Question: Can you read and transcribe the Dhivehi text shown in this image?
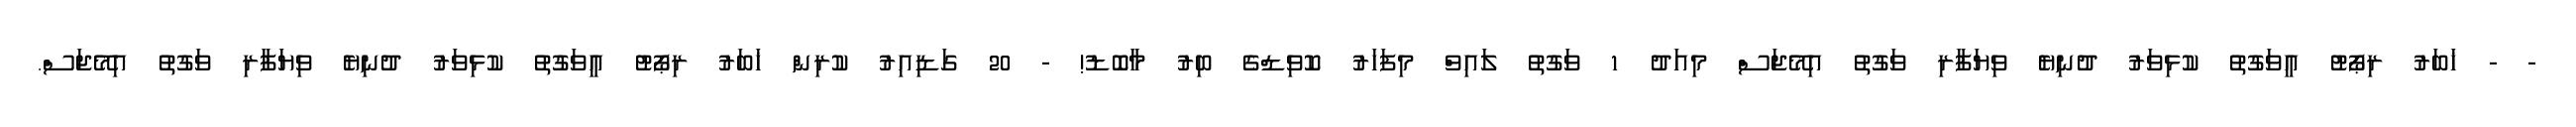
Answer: - - ޚަބަރު ރިޕޯޓު އީވަގުތު ކުޅިވަރު ދުނިޔެ ވިޔަފާރި ވަގުތު އިމޭޖަސް މިއަދު 1 ވަގުތު ލައިވް މިފަހަރު ކޮވިޑްގެ ބިރު މާބޮޑު! - 20 ގަޑިއިރު ކުރިން ޚަބަރު ރިޕޯޓު އީވަގުތު ކުޅިވަރު ދުނިޔެ ވިޔަފާރި ވަގުތު އިމޭޖަސް.